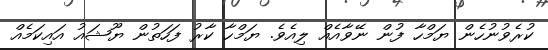
ކުރެވުނުހެން ޔަމްހާ ފުން ނޭވާއެއް ލިއެވެ. ޔަމްހާ ކާރު ފަހަތުން ޔޫޝައު އައިކަމެއް